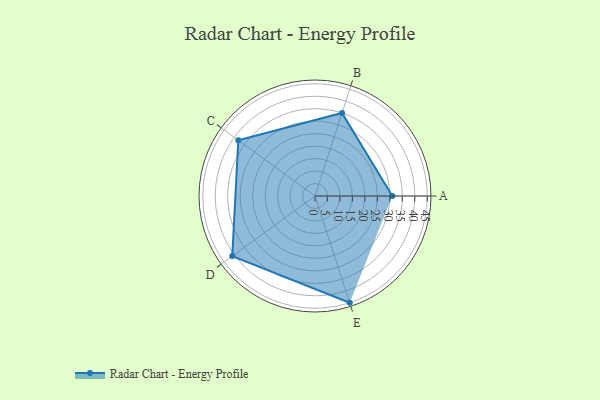
{"axis": {"x": "Skill", "y": "Score"}, "legend": ["Profile"], "data": [{"x": "A", "y": 31.0, "type": "Profile"}, {"x": "B", "y": 35.0, "type": "Profile"}, {"x": "C", "y": 38.0, "type": "Profile"}, {"x": "D", "y": 41.0, "type": "Profile"}, {"x": "E", "y": 45.0, "type": "Profile"}]}